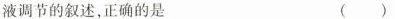
液调节的叙述，正确的是 （ ）